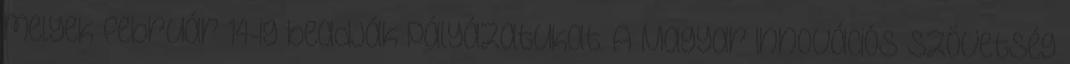
melyek február 14-ig beadják pályázatukat. A Magyar Innovációs Szövetség